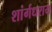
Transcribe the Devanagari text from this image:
शांर्गधराय